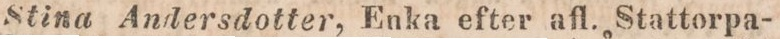
Stina Andersdotter, Enka efter afl. Stattorpa-